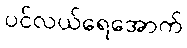
ပင်လယ်ရေအောက်